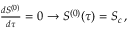
\begin{array} { r } { { \frac { d S ^ { ( 0 ) } } { d \tau } } = 0 \rightarrow S ^ { ( 0 ) } ( \tau ) = S _ { c } \, , } \end{array}